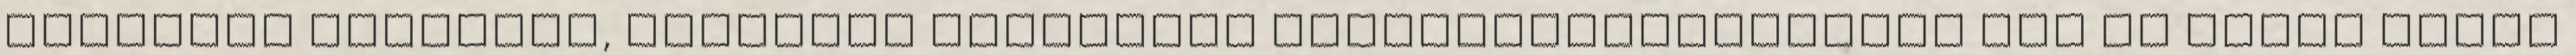
amerikai vállalat, amelynek kiterjedt létesítményhálózata van és sokat fizet